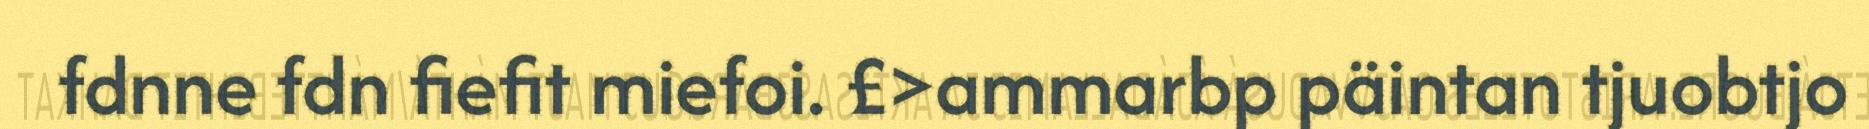
fdnne fdn fiefit miefoi. £>ammarbp päintan tjuobtjo